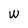
Character: w